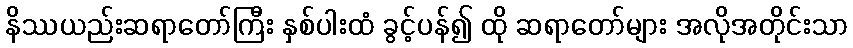
နိဿယည်းဆရာတော်ကြီး နှစ်ပါးထံ ခွင့်ပန်၍ ထို ဆရာတော်များ အလိုအတိုင်းသာ